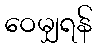
ဝေမျှရန်